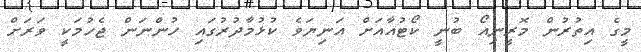
މީގެ އިތުރުން މޮރީނިއޯ ބުނީ ކޯޓުއާއަށް އަނިޔަވެ ކުޅުމާދުރުގައި ހުންނަން ޖެހުމަކީ ވަރަށް